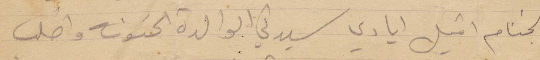
بالختام اقبل ايادي سيدتي الوالدة الحنونة واطلب